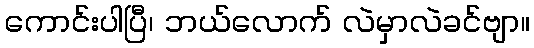
ကောင်းပါပြီ၊ ဘယ်လောက် လဲမှာလဲခင်ဗျာ။